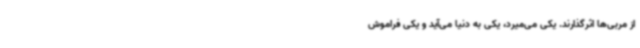
از مربی‌ها اثرگذارند. یکی می‌میرد، یکی به دنیا می‌آید و یکی فراموش